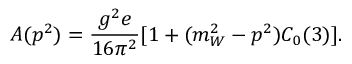
A ( p ^ { 2 } ) = \frac { g ^ { 2 } e } { 1 6 \pi ^ { 2 } } [ 1 + ( m _ { W } ^ { 2 } - p ^ { 2 } ) C _ { 0 } ( 3 ) ] .